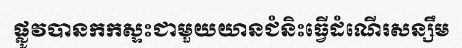
ផ្លូវបានកកស្ទះជាមួយយានជំនិះធ្វើដំណើរសន្សឹម